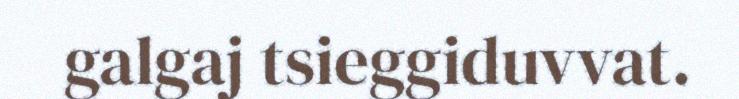
galgaj tsieggiduvvat.